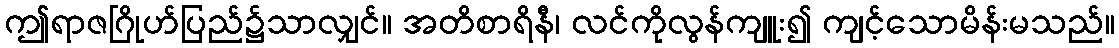
ဤရာဇဂြိုဟ်ပြည်၌သာလျှင်။ အတိစာရိနီ၊ လင်ကိုလွန်ကျူး၍ ကျင့်သောမိန်းမသည်။